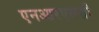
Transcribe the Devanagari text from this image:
एनआरएससी